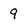
Character: 9